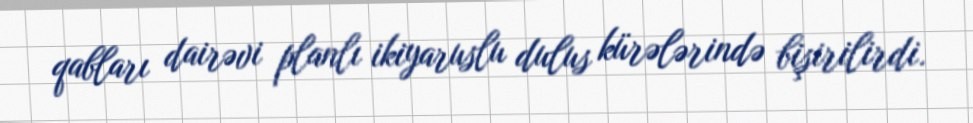
qabları dairəvi planlı ikiyaruslu dulus kürələrində bişirilirdi.